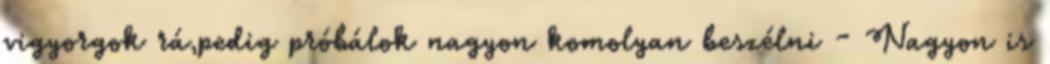
vigyorgok rá,pedig próbálok nagyon komolyan beszélni - Nagyon is